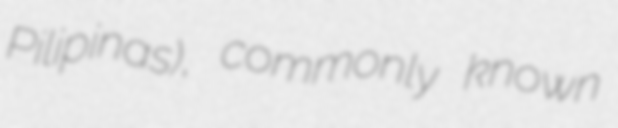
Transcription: Pilipinas), commonly known